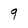
Character: q